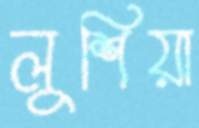
লুশিয়া